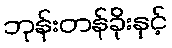
ဘုန်းတန်ခိုးနှင့်